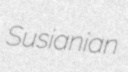
Susianian